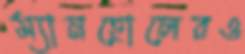
ম্যানহোলেরও